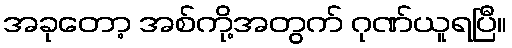
အခုတော့ အစ်ကို့အတွက် ဂုဏ်ယူရပြီ။